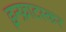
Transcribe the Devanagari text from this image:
इन्फ्राटस्कर